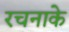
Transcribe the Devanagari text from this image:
रचनाके